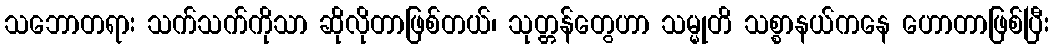
သဘောတရား သက်သက်ကိုသာ ဆိုလိုတာဖြစ်တယ်၊ သုတ္တန်တွေဟာ သမ္မုတိ သစ္စာနယ်ကနေ ဟောတာဖြစ်ပြီး